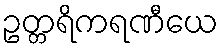
ဥတ္တရိကရဏီယေ